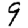
Digit: 9